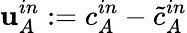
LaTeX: \mathbf{u}_{A}^{in}:=c_{A}^{in}-\tilde{{c}}_{A}^{in}